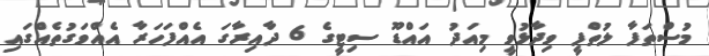
މުސްތަފާ ލުތްފީ ވިދާޅުވީ މިއަދު އައްޑޫ ސިޓީގެ 6 ދާއިރާގަ އެއްފަހަރާ އެއްވަގުތެއްގައި